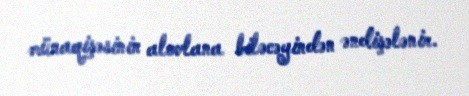
münaqişəsinin alovlana biləcəyindən əndişələnir.